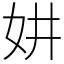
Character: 妌